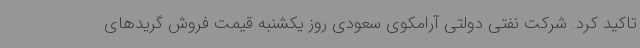
تاکید کرد. شرکت نفتی دولتی آرامکوی سعودی روز یکشنبه قیمت فروش گریدهای